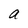
Character: a